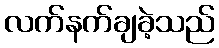
လက်နက်ချခဲ့သည်